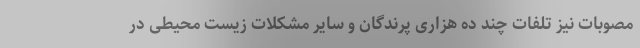
مصوبات نیز تلفات چند ده هزاری پرندگان و سایر مشکلات زیست محیطی در